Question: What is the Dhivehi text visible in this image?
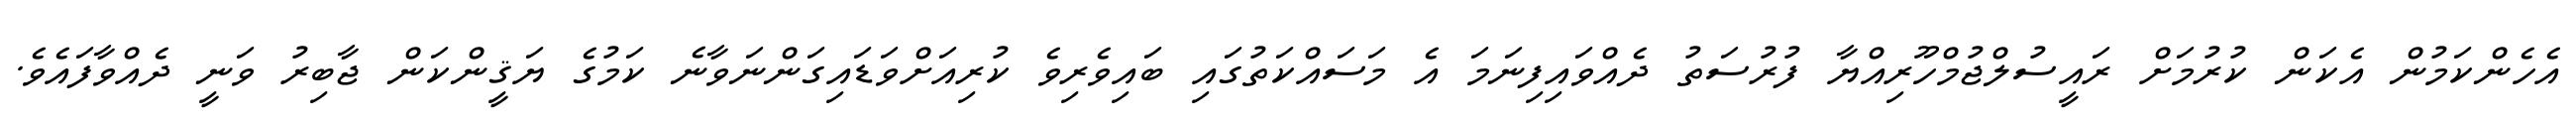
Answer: އެހެންކަމުން އެކަން ކުރުމަށް ރައީސުލްޖުމްހޫރިއްޔާ ފުރުސަތު ދެއްވައިފިނަމަ އެ މަސައްކަތުގައި ބައިވެރިވެ ކުރިއަށްވަޑައިގަންނަވާނެ ކަމުގެ ޔަޤީންކަން ޖާބިރު ވަނީ ދެއްވާފައެވެ.